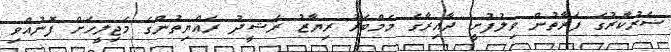
ސަރުކާރުގެ ފަރާތުން ވިލުފުށީ ދާއިރާގެ މެމްބަރު ރިޔާޒު ރަޝީދު ރައްޔިތުންގެ މަޖިލީހަށް ފޮނުއްވި